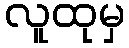
လူထုမှ